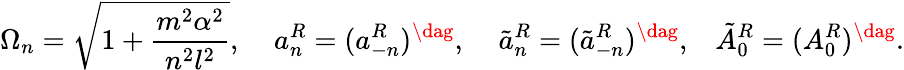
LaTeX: \Omega_{n}=\sqrt{1+\frac{m^{2}\alpha^{2}}{n^{2}l^{2}}},\; \; \; \; a_{n}^{R}=(a_{-n}^{R})^{\dag},\; \; \; \; \tilde{a}_{n}^{R}=(\tilde{a}_{-n}^{R})^{\dag},\; \; \; \tilde{A}_{0}^{R}=(A_{0}^{R})^{\dag}.